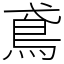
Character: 鳶